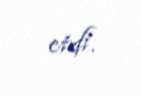
etdi.